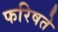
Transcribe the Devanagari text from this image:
फरिषते